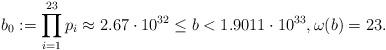
LaTeX: \begin{align*}b_0:=\prod_{i=1}^{23} p_{i} \approx 2.67 \cdot 10^{32} \le b < 1.9011 \cdot 10^{33}, \omega(b) =23.\end{align*}